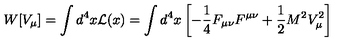
W [ V _ { \mu } ] = \int d ^ { 4 } x { \cal L } ( x ) = \int d ^ { 4 } x \left[ - { \frac { 1 } { 4 } } F _ { \mu \nu } F ^ { \mu \nu } + { \frac { 1 } { 2 } } M ^ { 2 } V _ { \mu } ^ { 2 } \right]